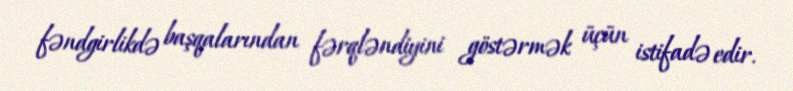
fəndgirlikdə başqalarından fərqləndiyini göstərmək üçün istifadə edir.